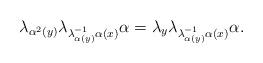
LaTeX: \begin{align*}\lambda_{\alpha^{2}(y)}\lambda_{\lambda_{\alpha(y)}^{-1}\alpha(x)}\alpha=\lambda_{y}\lambda_{\lambda_{\alpha(y)}^{-1}\alpha(x)}\alpha.\end{align*}